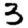
Digit: 3